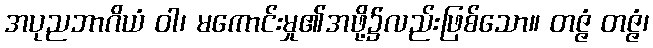
အပုညဘာဂိယံ ဝါ၊ မကောင်းမှု၏အဖို့၌လည်းဖြစ်သော။ တဇ္ဇံ တဇ္ဇံ၊